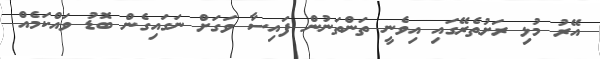
އޭރު މުޅި ރަށުތެރޭގައި އިވެނީ ތަންތަނުން ފައިސާ ވަގަށް ނަގައިގެން ބޮޑު ވައްކަމެއް